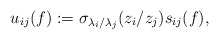
\begin{gather*}u_{ij}(f):= \sigma_{\lambda_i/\lambda_j}(z_i/z_j) s_{ij}(f),\end{gather*}